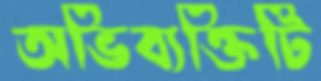
অভিব্যক্তিটি